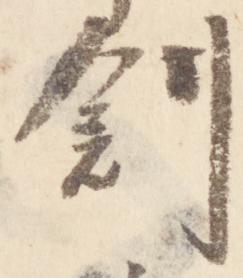
創